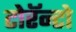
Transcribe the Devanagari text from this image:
टोरॅन्टो